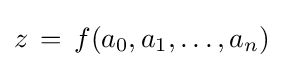
z\,=\,f(a_{0},a_{1},\dots ,a_{n})